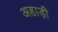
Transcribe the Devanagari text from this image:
अहाड़ी